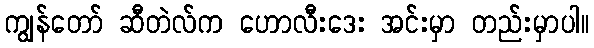
ကျွန်တော် ဆီတဲလ်က ဟောလီးဒေး အင်းမှာ တည်းမှာပါ။